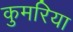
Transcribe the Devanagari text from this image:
कुमरिया